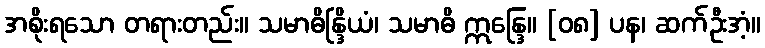
အစိုးရသော တရားတည်း။ သမာဓိန္ဒြိယံ၊ သမာဓိ ဣန္ဒြေ။ [၀၈] ပန၊ ဆက်ဦးအံ့။